Report on vaccination in Madras 1904-1921 - 1904-1921
Year: 1904
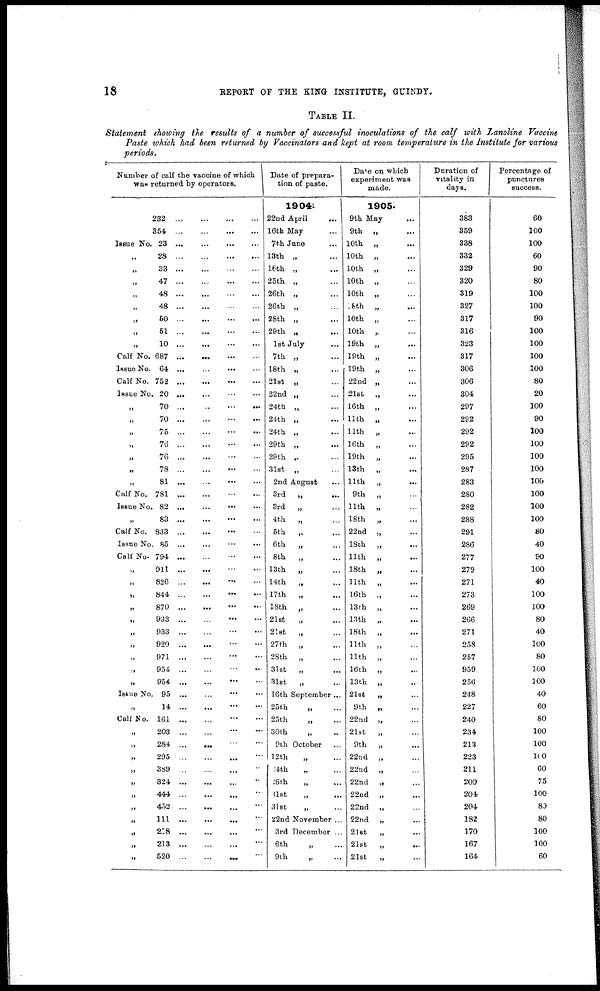
18
REPORT OF THE KING INSTITUTE, GUINDY.
TABLE II.
Statement showing the results of a number of successful inoculations of the calf with Lanoline Vaccine
Paste which had been returned by Vaccinators and kept at room temperature in the Institute for various
periods.
Number of calf the vaccine of which
was returned by operators.
232
...
...
...
...
354
...
...
...
...
Issue No. 23
...
...
...
...
„ 28
...
...
...
...
33
...
...
...
...
47...
...
...
...
48
...
...
...
...
48
...
...
...
...
„
50
...
...
...
...
„ 51
...
...
...
...
„ 10
...
...
...
...
Calf No. 687
...
...
...
...
Issue No. 64
...
...
...
...
Calf No. 752
...
...
...
...
Issue No. 20
...
...
...
...
„ 70 ...
...
...
...
„ 70
...
...
...
...
„ 75
...
...
...
...
„
76
...
...
...
...
„ 76
...
...
...
...
„ 78
...
...
...
...
„ 81
...
...
...
...
Calf No. 781
...
...
...
...
Issue No. 82 ...
...
...
...
„ 83
...
...
...
...
Calf No. 833
...
...
...
...
Issue No. 85
...
...
...
...
Calf No. 794
...
...
...
...
„ 911
...
...
...
...
„ 826
...
...
...
...
„
844
...
...
...
...
„ 870
...
...
...
...
„
933
...
...
...
...
„ 933
...
...
...
...
„
920
...
...
...
...
„ 971
...
...
...
...
„
954
...
...
...
...
„
954
...
...
...
...
Issue No. 95
...
...
...
...
„ 14
...
...
...
...
Calf No. 161
...
...
...
...
„ 203
...
...
...
...
„ 284 ...
...
...
...
„ 295 ... ... ... ...
„
389 ... ... ... ...
„ 324 ... ... ... ...
„ 444
...
...
... ...
„ 452 ... ... ... ...
„
111 ... ... ... ...
„ 218 ... ... ... ...
„ 213 ... ... ... ...
„ 520 ... ... ... ...
Date of prepara-
tion of paste.
1904
22nd April ...
16th May ...
7th June ...
13th „ ...
16th „ ...
25th „ ...
26th „ ...
26th „ ...
28th „ ...
29th „ ...
1st July ...
7th „ ...
18th „ ...
21st „ ...
22nd „ ...
24th „ ...
24th „ ...
24th „ ...
29th „ ...
29th „ ...
31st „ ...
2nd August ...
3rd
„ ...
3rd
„ ...
4th
„ ...
5th „ ...
6th
„
...
8th
„
...
13th
„ ...
14th
„ ...
17th
„
...
18th „ ...
21st
„ ...
21st
„ ...
27th „ ...
28th „ ...
31st
„ ...
31st
„ ...
16th September...
25th
„ ...
25th
„ ...
30th
„ ...
9th October ...
12th
„ ...
24th
„ ...
26th „ ...
31st
„ ...
31st
„ ...
22nd November ...
3rd December ...
6th
„ ...
9th
„
...
Date on which
experiment was
made.
1905.
9th May ...
9th „ ...
10th „ ...
10th „ ...
10th „ ...
10th „ ...
10th „ ...
28th
„
...
10th „ ...
10th „ ...
19th „ ...
19th „ ...
19th „ ...
22nd „ ...
21st „ ...
16th „ ...
11th „ ...
11th „ ...
16th „ ...
19th „ ...
13th
„
...
11th „ ...
9th „ ...
11th „ ...
18th „ ...
22nd „ ...
18th „ ...
11th „ ...
18th „ ...
11th „ ...
16th „ ...
13th „ ...
13th „ ...
18th „ ...
11th „ ...
11th „ ...
16th „ ...
13th „ ...
21st
„ ...
9th „ ...
22nd „ ...
21st
„ ...
9th
„ ...
22nd „ ...
22nd „ ...
22nd „ ...
22nd „ ...
22nd „ ...
22nd „ ...
21st
„ ...
21st
„
...
21st
„ ...
Duration of
vitality in
days.
383
359
338
332
329
320
319
327
317
316
323
317
306
306
304
297
292
292
292
295
287
283
280
282
288
291
286
277
279
271
273
269
266
271
258
257
959
256
248
227
240
234
213
223
211
209
204
204
182
170
167
164
Percentage of
punctures
success.
60
100
100
60
90
80
100
100
90
100
100
100
100
80
20
100
90
100
100
100
100
100
100
100
100
80
40
90
100
40
100
100
80
40
100
80
100
100
40
60
80
100
100
100
60
75
100
80
80
100
100
60